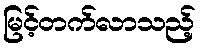
မြင့်တက်လာသည့်